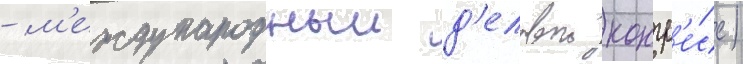
- м'еждународныи д'еловои конгр'е́сс)